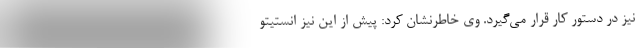
نیز در دستور کار قرار می‌گیرد. وی خاطرنشان کرد: پیش از این نیز انستیتو